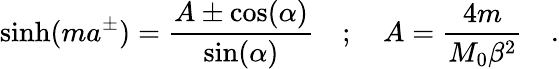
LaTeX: \sinh(ma^{\pm})=\frac{A\pm\cos(\alpha)}{\sin(\alpha)}\quad;\quad A=\frac{4m}{M_{0}\beta^{2}}\quad.